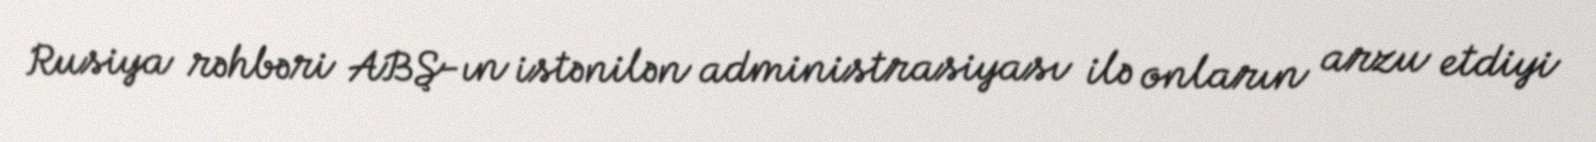
Rusiya rəhbəri ABŞ-ın istənilən administrasiyası ilə onların arzu etdiyi